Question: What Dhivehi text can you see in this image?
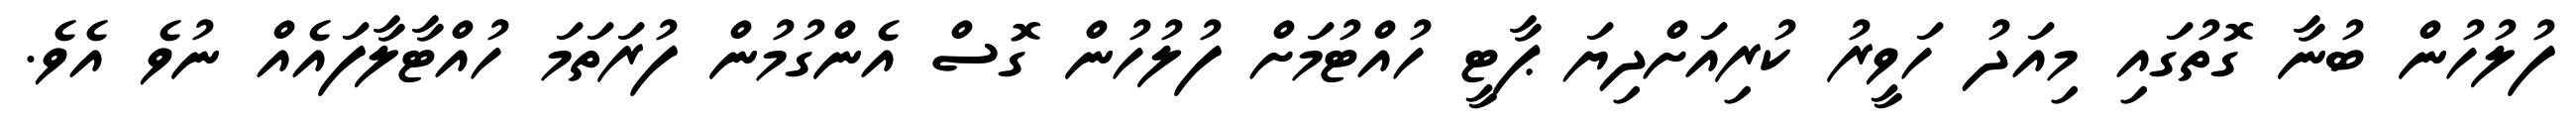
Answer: ފުލުހުން ބުނާ ގޮތުގައި މިއަދު ހަވީރު ކުރިއަށްދިޔަ ޕާޓީ ހުއްޓުމަށް ފުލުހުން ގޮސް އެންގުމުން ފުރަތަމަ ހުއްޓާލާފައެއް ނުވެ އެވެ.